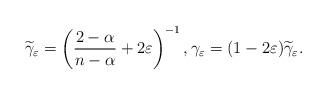
LaTeX: \begin{align*}\widetilde{\gamma}_{\varepsilon}=\left( \frac{2-\alpha}{n-\alpha}+2 \varepsilon \right)^{-1}, \gamma_{\varepsilon} = (1-2\varepsilon)\widetilde{\gamma}_{\varepsilon}.\end{align*}